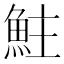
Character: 𩶃